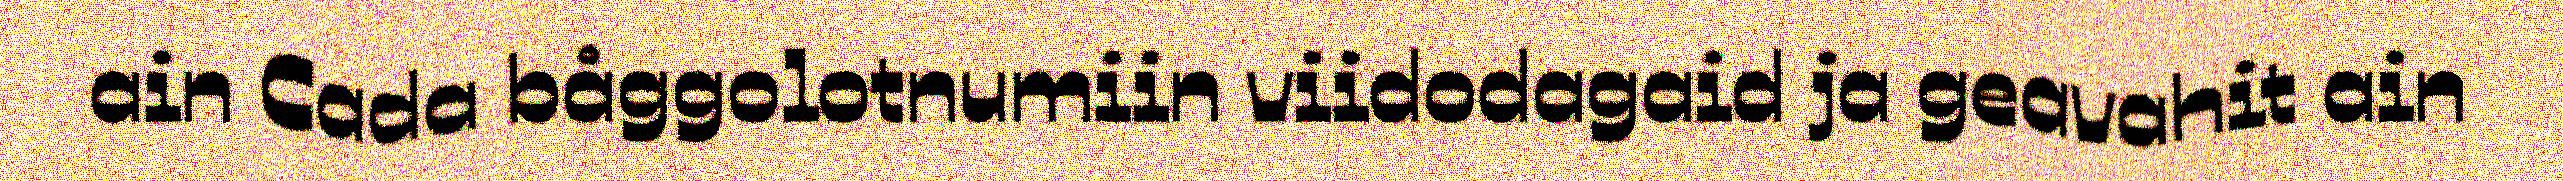
ain Cada båggolotnumiin viidodagaid ja geavahit ain